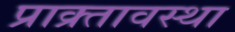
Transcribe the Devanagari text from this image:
प्राक्र्तावस्था